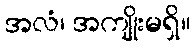
အလံ၊ အကျိုးမရှိ။